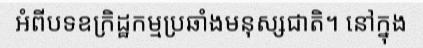
អំពីបទឧក្រិដ្ឋកម្មប្រឆាំងមនុស្សជាតិ។ នៅក្នុង